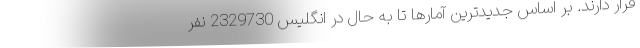
قرار دارند. بر اساس جدیدترین آمارها تا به حال در انگلیس 2329730 نفر